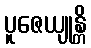
ပူဇေယျုန္တိ